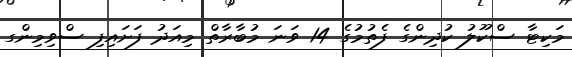
މަކިޓާ ސްކޫލު ކުދިންގެ ފެތުމުގެ 14 ވަނަ މުބާރާތް މިއަދު ފަށައިފި ސްވިމިންގ